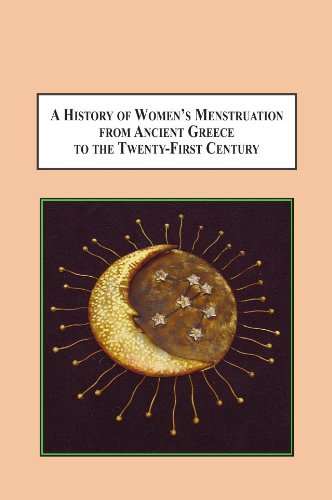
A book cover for A History of Women's Menstruation from Ancient Greece to the Twenty-First Century: Psychological, Social, Medical, Religious, and Educational Issues; Glenda Lewin Hufnagel; Health, Fitness & Dieting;